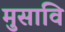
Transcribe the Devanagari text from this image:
मुसावि